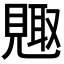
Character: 𮗕